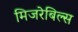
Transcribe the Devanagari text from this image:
मिजरेबिल्स